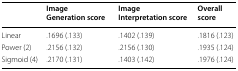
|  | Image Generation score | Image Interpretation score | Overall score |
 | --- | --- | --- | --- |
 | Linear | .1696 (.133) | .1402 (.139) | .1816 (.123) |
 | Power (2) | .2156 (.132) | .2156 (.130) | .1935 (.124) |
 | Sigmoid (4) | .2170 (.131) | .1403 (.142) | .1976 (.124) |